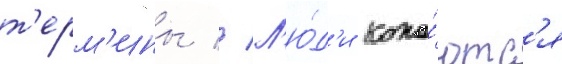
т'ерм'ины // Л'ю́д'и копа́ютс'я